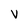
Character: V